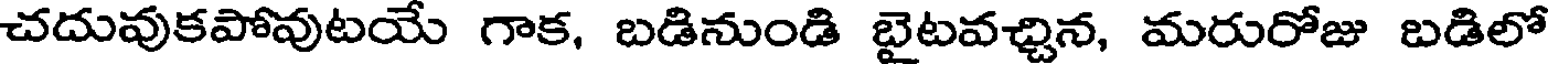
చదువుకపోవుటయే గాక, బడినుండి బైటవచ్చిన, మరురోజు బడిలో